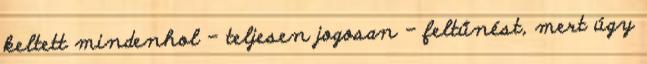
keltett mindenhol – teljesen jogosan – feltűnést, mert úgy